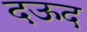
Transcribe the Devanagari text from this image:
दऊद